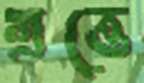
গ্রত্তে